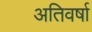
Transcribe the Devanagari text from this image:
अतिवर्षा